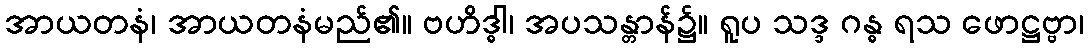
အာယတနံ၊ အာယတနံမည်၏။ ဗဟိဒ္ဓါ၊ အပသန္တာန်၌။ ရူပ သဒ္ဒ ဂန္ဓ ရသ ဖောဋ္ဌဗ္ဗာ၊